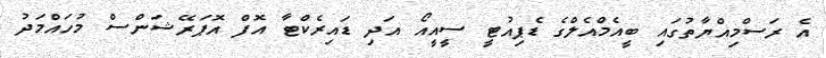
އެ ރަސްމިއްޔާތުގައި ބީއެމްއެލްގެ ޑެޕިއުޓީ ސީއީއޯ އަދި ޑައިރެކްޓާ އޮފް އޮޕަރޭޝަންސް މުހައްމަދު